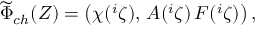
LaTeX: \widetilde { \Phi } _ { c h } ( Z ) = \left( \chi ( { } ^ { i } \zeta ) , \, A ( { } ^ { i } \zeta ) \, F ( { } ^ { i } \zeta ) \right) ,